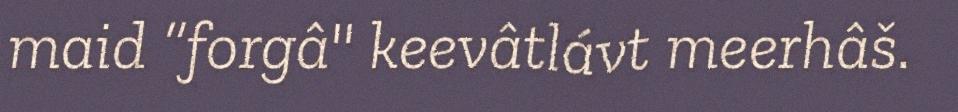
maid “forgâ" keevâtlávt meerhâš.